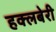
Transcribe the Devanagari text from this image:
हक्लबेरी